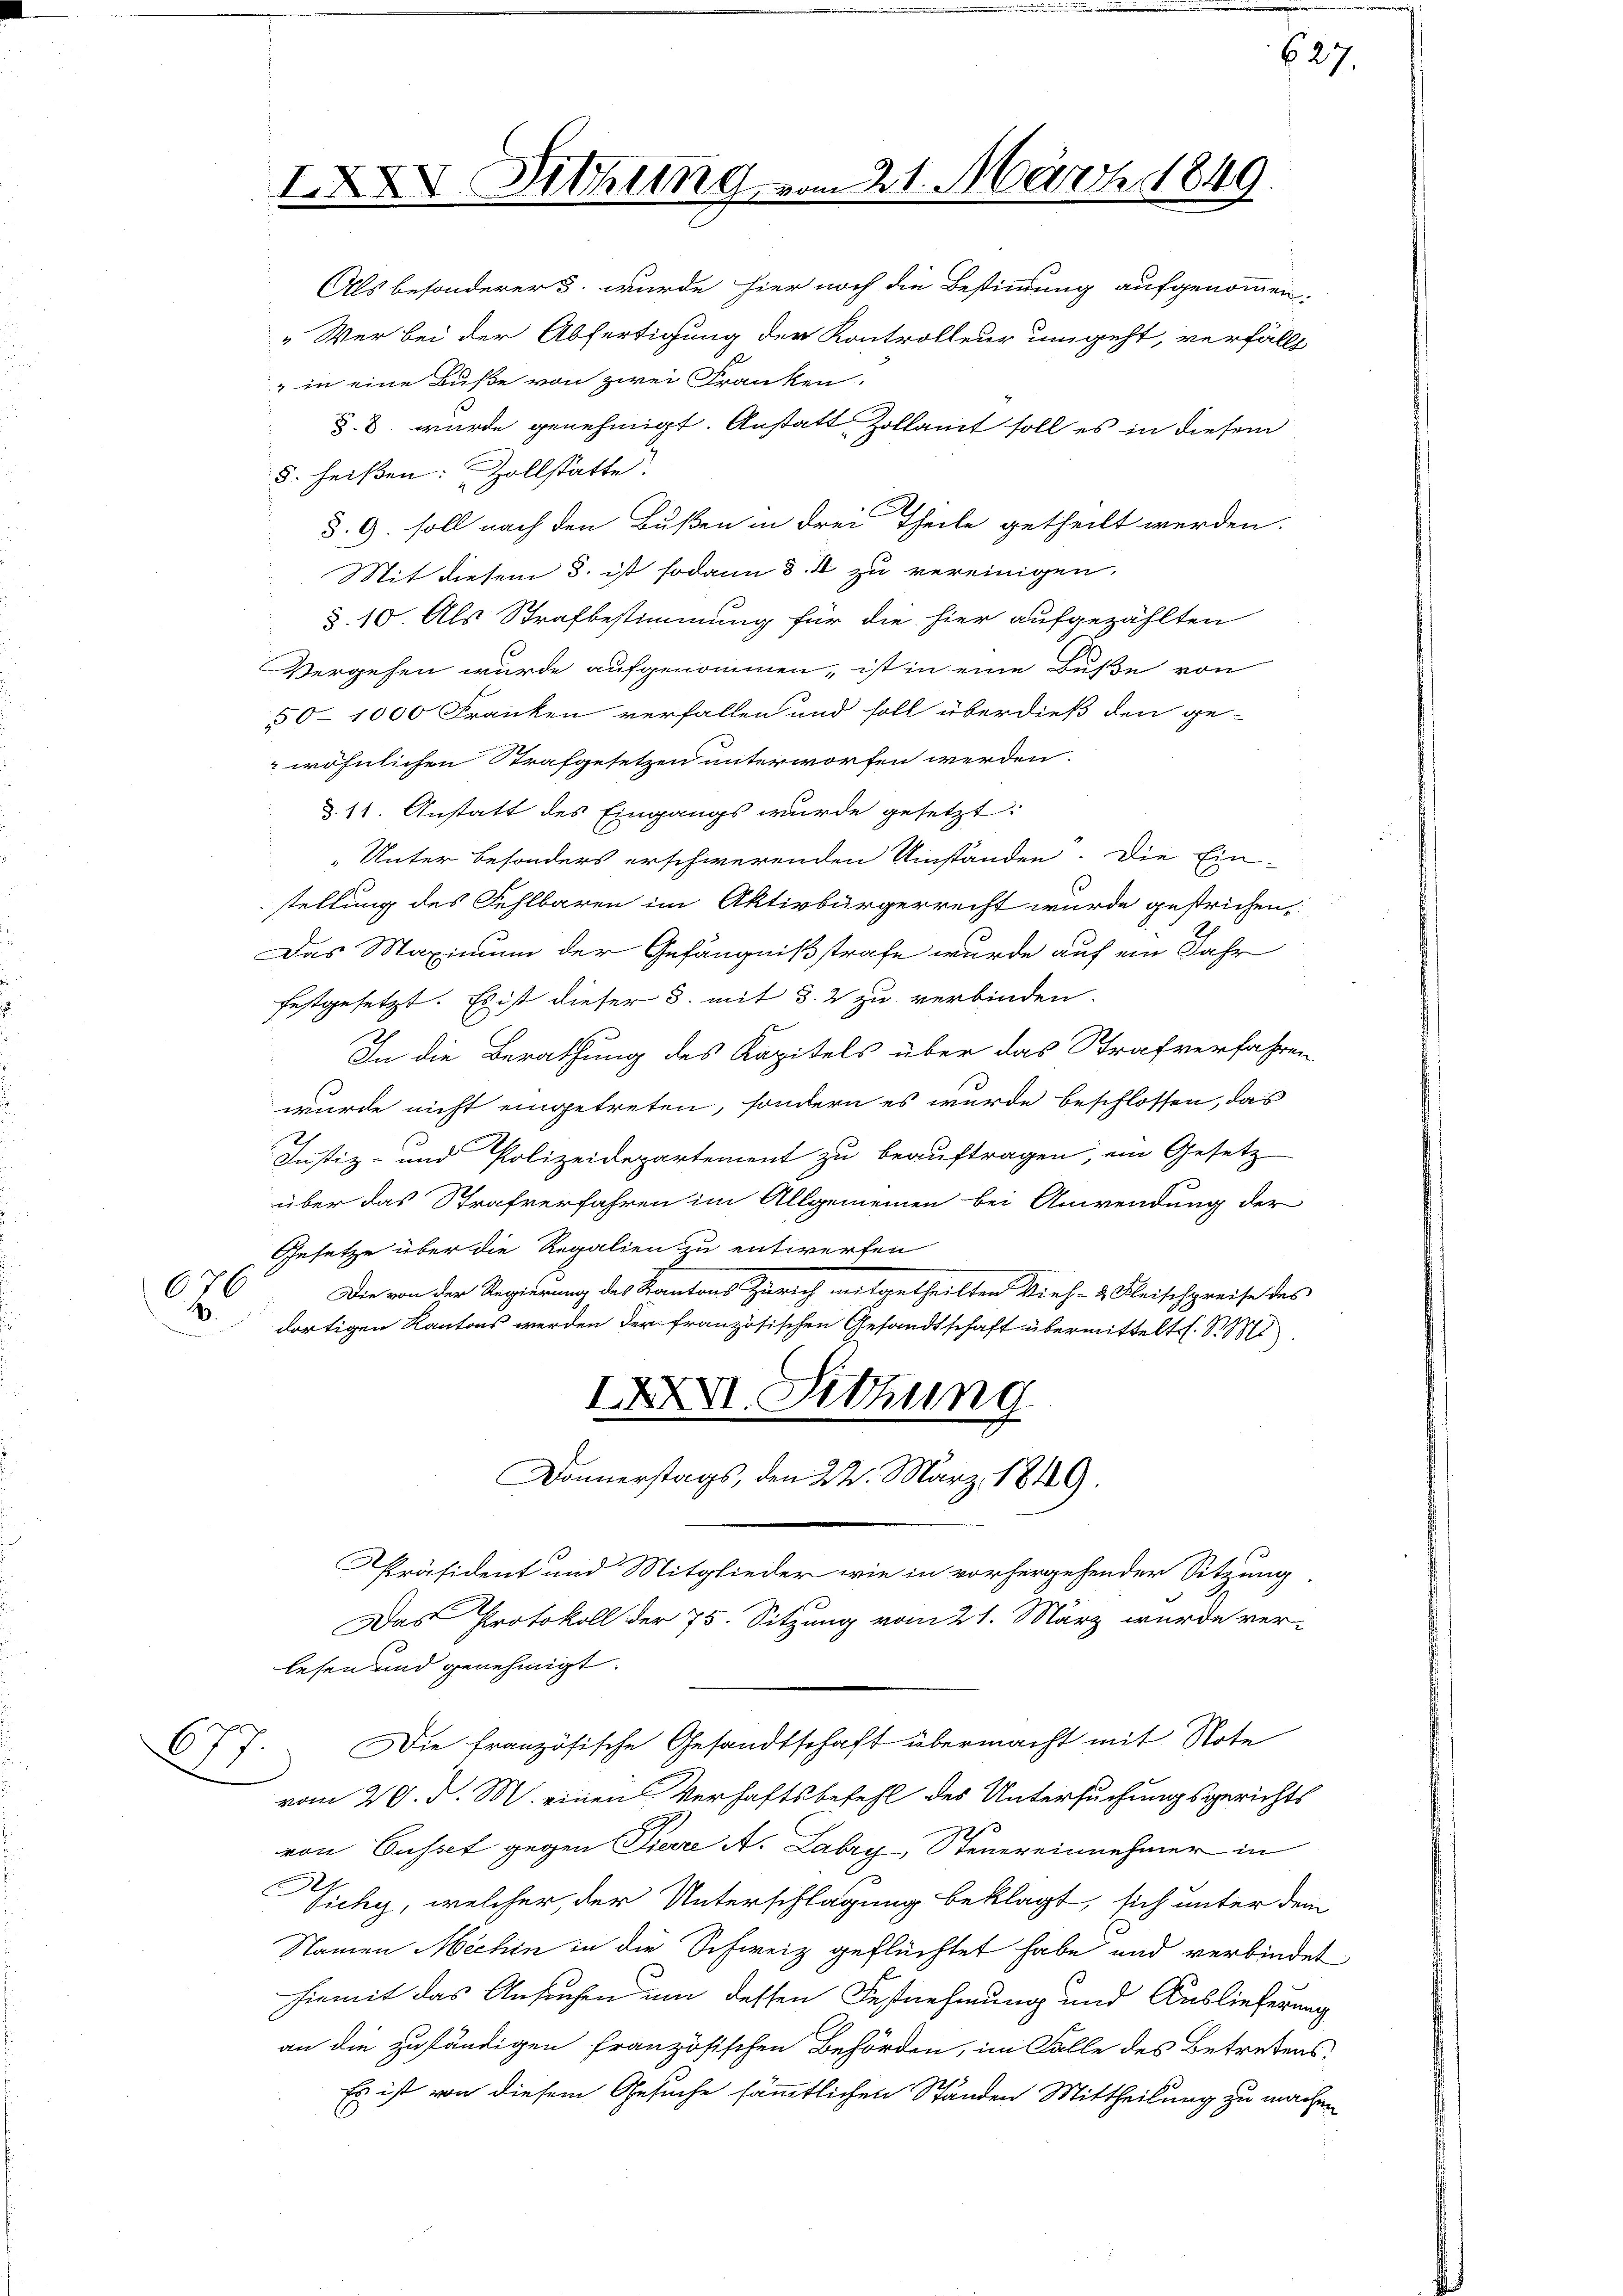
IXXV. Sitzung

21. März 1849

Als besonderer s. wurde hier noch die Bestimmung aufgenommen.
„Wer bei der Abfertigung der Kontrolleur umgeht, verfällt
" in eine Buße von zwei Franken.
§.8. wurde genehmigt. Anstatt Zollamt soll es in diesem
5. heißen: Zollstätte.
§. 9. soll nach den Bußen in drei Theile getheilt werden.
Mit diesem 3. ist sodann d. M. zu vereinigen,
§. 10 Als Strafbestimmung für die hier aufgezählten
Vergehen wurde aufgenommen, ist in eine Buße von
50–1000 Franken verfallen und soll überdieß den ge-
wöhnlichen Strafgesetzen unterworfen werden.
§. 11. Anstatt des Eingangs wurde gesetzt:
Unter besonders erschwerenden Umständen. Die Ein-
stellung des Fehlbaren im Aktivbürgerrecht wurde gestrichen,
Das Maximum der Gefängnißstrafe wurde auf ein Jahr
festgesetzt. Es ist dieser 3. mit §. 2 zu verbinden.
2
In die Berathung des Kapitels über das Strafverfahren
wurde nicht eingetreten, sondern es wurde beschlossen, das
Justiz- und Polizeidepartement zu beauftragen, ein Gesetz
über das Strafverfahren im Allgemeinen bei Anwendung der
Gesetze über die Regalien zu entwerfen
6
Die von der Regierung des Kantons Zürich mitgetheilten Vieh- & Fleischpreise des
men
 dortigen Kantons werden der französischen Gesandtschaft übermittelt. S. M.
IXXVI. Sitzung
Donnerstags, den 24. März 1849.
Präsident und Mitglieder wie in vorhergehender Sitzung
Das Protokoll der 75. Sitzung vom 21. März wurde ver-
lesen und genehmigt.
677. Die französische Gesandtschaft übermacht mit Note
vom 20. d. M. einen Verhaftsbefehl des Untersuchungsgerichts
von Busset gegen Pierre A. Labry, Steuereinnehmer in
Zichy, welcher, der Unterschlagung beklagt, sich unter den
Namen Michin in die Schweiz geflüchtet habe und verbindet
hiemit das Ansuchen um dessen Festnehmung und Auslieferung
an die zuständigen französischen Behörden, im Falle des Betretens
Es ist von diesem Gesuche sämmtlichen Ständen Mittheilung zu mach

627.

l
e